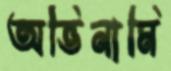
অভিনামি